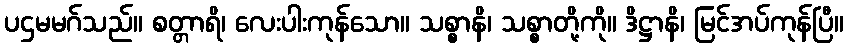
ပဌမမဂ်သည်။ စတ္တာရိ၊ လေးပါးကုန်သော။ သစ္စာနိ၊ သစ္စာတို့ကို။ ဒိဋ္ဌာနိ၊ မြင်အပ်ကုန်ပြီ။